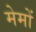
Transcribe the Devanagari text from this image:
मेमों